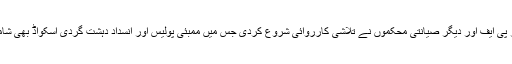
فوری آر پی ایف اور دیگر صیانتی محکموں نے تلاشی کارروائی شروع کردی جس میں ممبئی پولیس اور انسداد دہشت گردی اسکواڈ بھی شامل ہوگیا۔